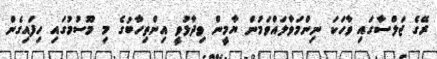
ރޭގެ ޖަލްސާގައި ވާހަކަ ނިންމަވާލައްވަމުން ޔާމީން ވިދާޅުވީ އިންތިހާބުގެ މި މޫސުމުގައި ހިފައިގެން